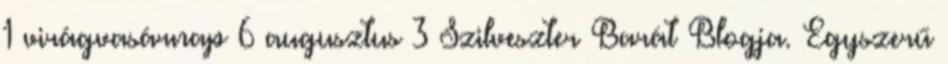
1 virágvasárnap 6 augusztus 3 Szilveszter Barát Blogja. Egyszerű